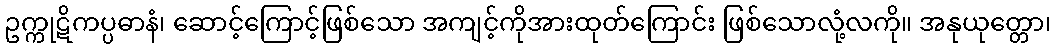
ဥက္ကုဋိကပ္ပဓာနံ၊ ဆောင့်ကြောင့်ဖြစ်သော အကျင့်ကိုအားထုတ်ကြောင်း ဖြစ်သောလုံ့လကို။ အနုယုတ္တော၊